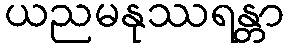
ယညမနုဿရန္တာ